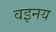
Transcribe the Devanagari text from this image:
वइनय